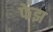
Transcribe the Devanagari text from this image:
फेझ